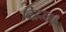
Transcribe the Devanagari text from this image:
विद्बज्जन